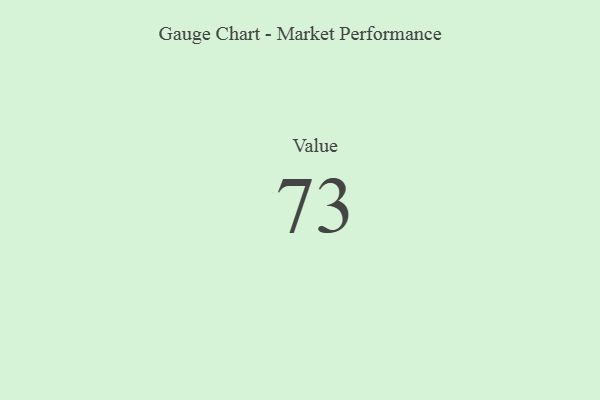
{"axis": {"x": "Metric", "y": "Value"}, "legend": [""], "data": [{"x": "Value", "y": 73, "type": ""}]}